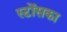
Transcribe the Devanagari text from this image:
स्टोंसका